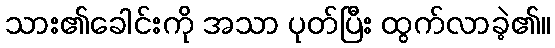
သား၏ခေါင်းကို အသာ ပုတ်ပြီး ထွက်လာခဲ့၏။